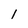
Character: 1